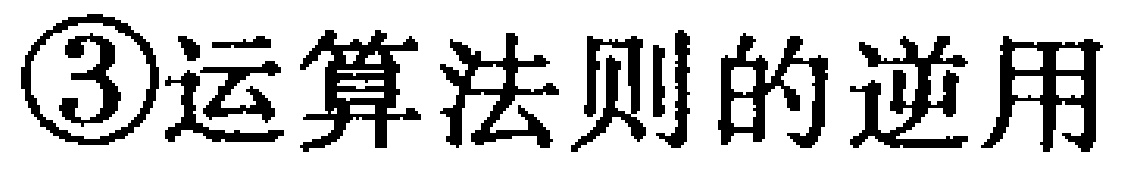
\textcircled{3}运算法则的逆用